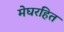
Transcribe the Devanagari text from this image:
मेघरहित